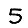
Digit: 5